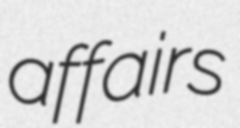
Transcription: affairs